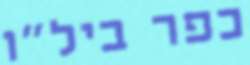
כפר ביל"ו